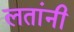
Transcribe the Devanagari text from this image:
लतांनी